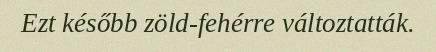
Ezt később zöld-fehérre változtatták.